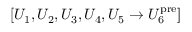
[ U _ { 1 } , U _ { 2 } , U _ { 3 } , U _ { 4 } , U _ { 5 } \rightarrow U _ { 6 } ^ { \mathrm { p r e } } ]